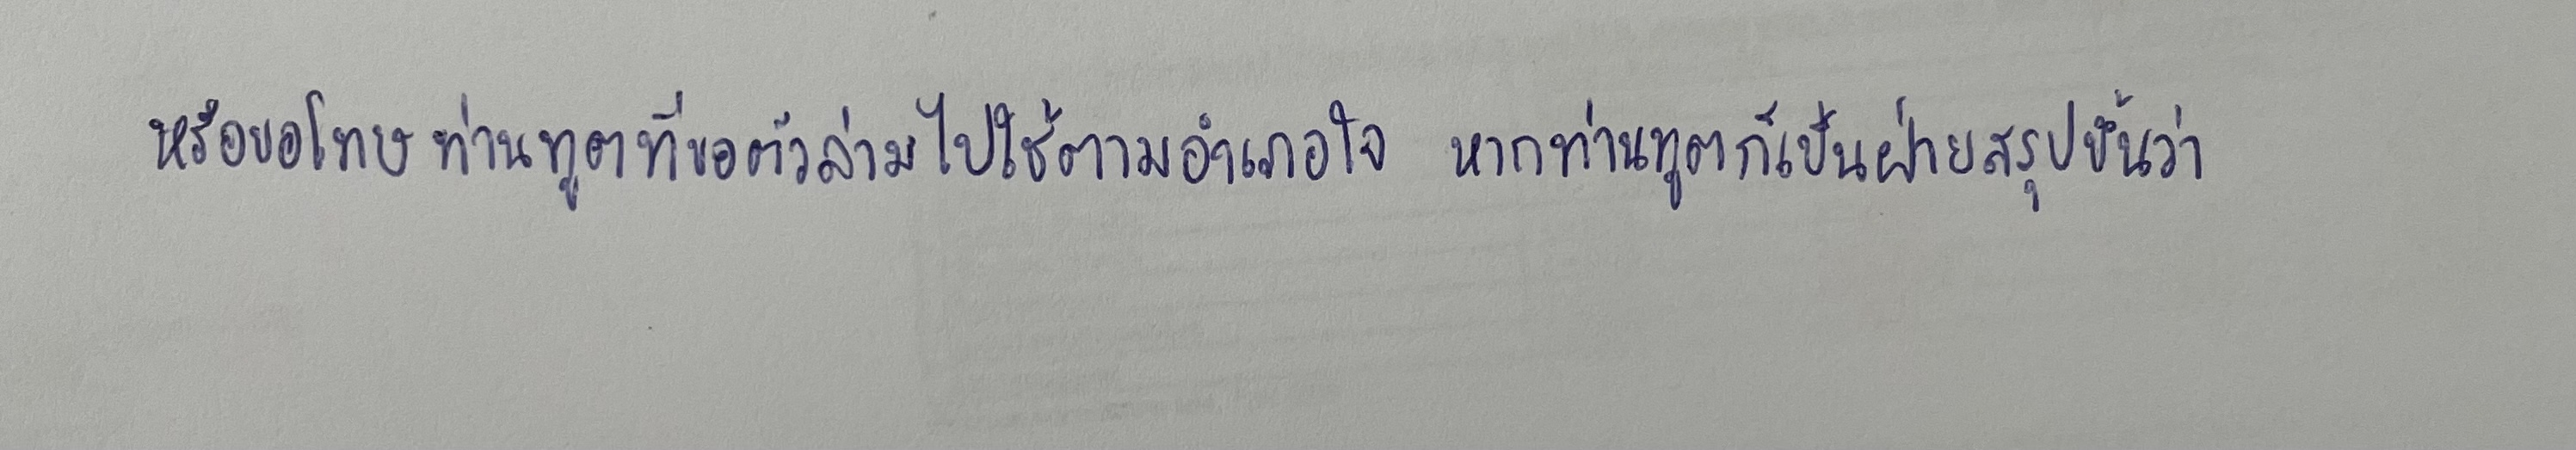
หรือขอโทษท่านทูตที่ขอตัวล่ามไปใช้ตามอำเภอใจหากท่านทูตก็เป็นฝ่ายสรุปขึ้นว่า